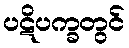
ပဋိပက္ခတွင်